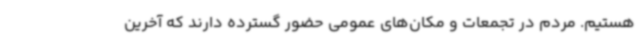
هستیم. مردم در تجمعات و مکان‌های عمومی حضور گسترده دارند که آخرین